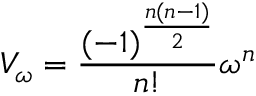
V _ { \omega } = \frac { ( - 1 ) ^ { \frac { n ( n - 1 ) } { 2 } } } { n ! } \omega ^ { n }